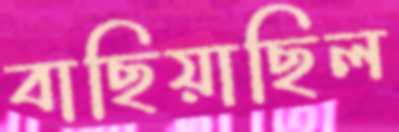
বাছিয়াছিল